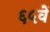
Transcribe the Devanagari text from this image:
६५वें